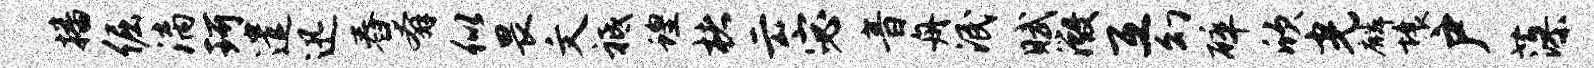
播倔漓珂遣迅舂奔似畏文祗蝗楮云宓音舟泯赋微互幻碎欣光麟壤户藻